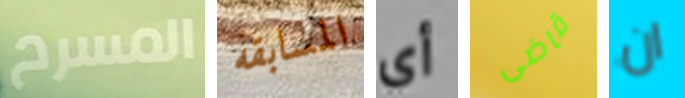
المسرح المسابقه أي قاضى ان